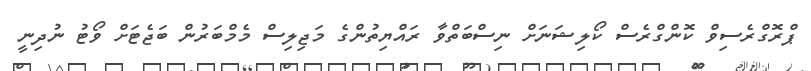
ޕްރޮގްރެސިވް ކޮންގްރެސް ކޯލިޝަނަށް ނިސްބަތްވާ ރައްޔިތުންގެ މަޖިލިސް މެމްބަރުން ބަޖެޓަށް ވޯޓު ނުދިނީ